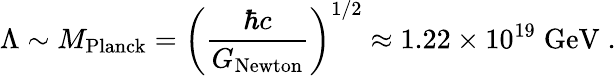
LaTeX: \Lambda\sim M_{\mathrm{Planck}}=\left(\frac{\hbar c}{G_{\mathrm{Newton}}}\right)^{1/2}\approx 1.22\times 10^{19}\mathrm{\; GeV}\; .